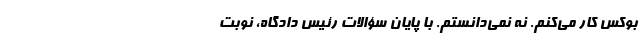
بوکس کار می‌کنم. نه نمی‌دانستم. با پایان سؤالات رئیس دادگاه، نوبت